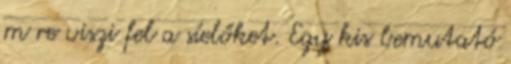
m re viszi fel a síelőket. Egy kis bemutató